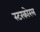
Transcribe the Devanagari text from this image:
स्टरकोरल